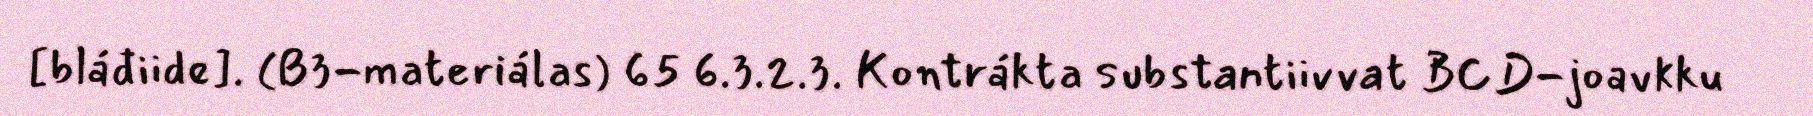
[bláđiide]. (B3-materiálas) 65 6.3.2.3. Kontrákta substantiivvat BCD-joavkku